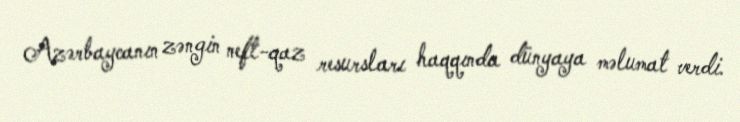
Azərbaycanın zəngin neft-qaz resursları haqqında dünyaya məlumat verdi.